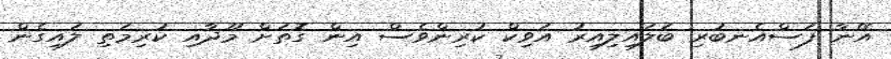
އޭނާ ފަސްއެނބުރި ބަލައިލިއިރު އަވިކް ކުރިންވެސް އިން ގޮތަށް މޫދާއި ކުރިމަތި ލައިގެން